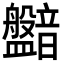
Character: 𥃛